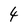
Character: 4